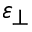
\varepsilon _ { \perp }